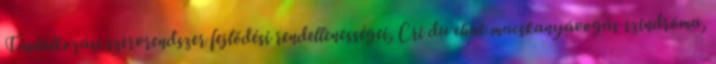
Táplálkozási szervrendszer fejlődési rendellenességei, Cri du chat macskanyávogás szindróma,